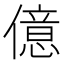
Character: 億